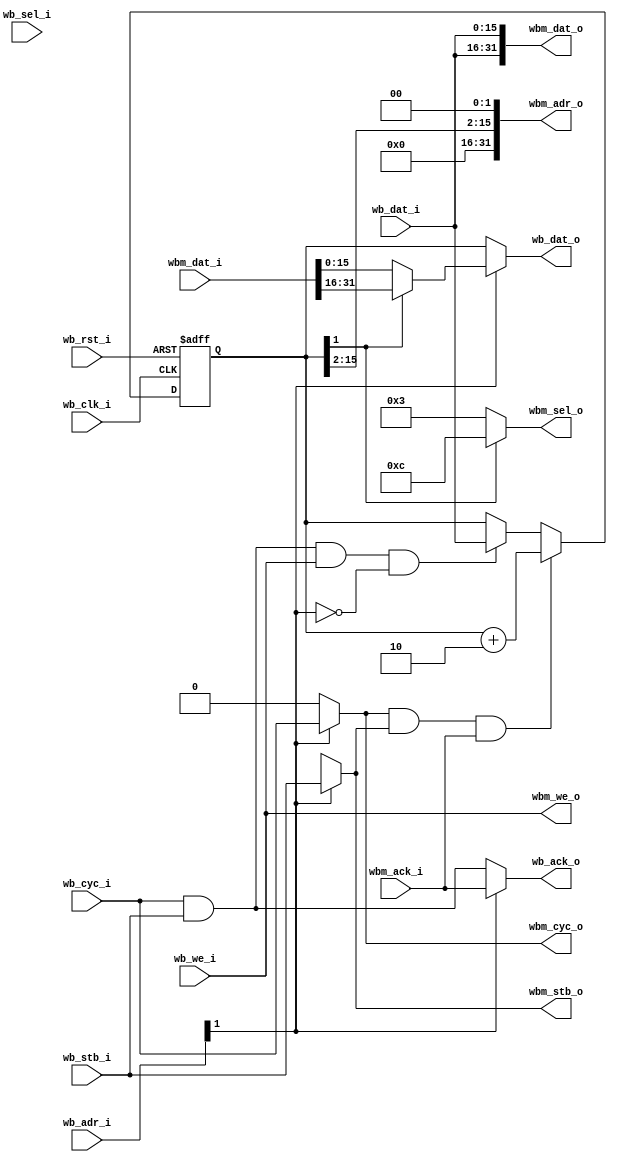
/* Copyright 2009-2010, Unpublished Work of Technologic Systems
 * All Rights Reserved.
 *
 * THIS WORK IS AN UNPUBLISHED WORK AND CONTAINS CONFIDENTIAL,
 * PROPRIETARY AND TRADE SECRET INFORMATION OF TECHNOLOGIC SYSTEMS.
 * ACCESS TO THIS WORK IS RESTRICTED TO (I) TECHNOLOGIC SYSTEMS 
 * EMPLOYEES WHO HAVE A NEED TO KNOW TO PERFORM TASKS WITHIN THE SCOPE
 * OF THEIR ASSIGNMENTS AND (II) ENTITIES OTHER THAN TECHNOLOGIC
 * SYSTEMS WHO HAVE ENTERED INTO APPROPRIATE LICENSE AGREEMENTS.  NO
 * PART OF THIS WORK MAY BE USED, PRACTICED, PERFORMED, COPIED, 
 * DISTRIBUTED, REVISED, MODIFIED, TRANSLATED, ABRIDGED, CONDENSED, 
 * EXPANDED, COLLECTED, COMPILED, LINKED, RECAST, TRANSFORMED, ADAPTED
 * IN ANY FORM OR BY ANY MEANS, MANUAL, MECHANICAL, CHEMICAL, 
 * ELECTRICAL, ELECTRONIC, OPTICAL, BIOLOGICAL, OR OTHERWISE WITHOUT
 * THE PRIOR WRITTEN PERMISSION AND CONSENT OF TECHNOLOGIC SYSTEMS.
 * ANY USE OR EXPLOITATION OF THIS WORK WITHOUT THE PRIOR WRITTEN
 * CONSENT OF TECHNOLOGIC SYSTEMS COULD SUBJECT THE PERPETRATOR TO
 * CRIMINAL AND CIVIL LIABILITY.
 */

`ifdef TEST8
`define TESTBENCH
`endif

`ifdef TEST16
`define TESTBENCH
`endif

`ifdef TEST32
`define TESTBENCH
`endif

`ifdef TESTBENCH
`timescale 1 ns / 1 ps
`endif

/* This core is a simple core to allow access to an up to 64Kbyte WISHBONE
 * address space via a 2 16-bit register window.  On the TS-7500 this core
 * appears at 0x3c and is used to address the 8kbyte blockram used by
 * the XUART core for TX/RX buffers.
 * 
 * Register map:
 * base + 0x0: Address reg (RW)
 * base + 0x2: Data reg (RW)
 *
 * * When the data reg is read or written, the address is automatically
 *   incremented by 2.  In this way, contiguous reads/writes of address
 *   space is optimized.
 */

module wb_memwindow16to32(
  wb_clk_i,
  wb_rst_i,
  wb_cyc_i,
  wb_stb_i,
  wb_we_i,
  wb_adr_i,
  wb_sel_i,
  wb_dat_i,
  wb_dat_o,
  wb_ack_o,

  wbm_cyc_o,
  wbm_stb_o,
  wbm_we_o,
  wbm_sel_o,
  wbm_adr_o,
  wbm_dat_o,
  wbm_dat_i,
  wbm_ack_i
);

input wb_clk_i, wb_rst_i, wb_cyc_i, wb_stb_i, wb_we_i;
output wb_ack_o;
output [15:0] wb_dat_o;
input [15:0] wb_dat_i, wb_adr_i;
input [1:0] wb_sel_i;

output wbm_cyc_o, wbm_stb_o, wbm_we_o;
output [31:0] wbm_dat_o, wbm_adr_o;
input [31:0] wbm_dat_i;
output [3:0] wbm_sel_o;
input wbm_ack_i;

reg [15:0] adr;
reg [15:0] wb_dat;
reg wbm_cyc, wbm_stb, wb_ack;
always @(posedge wb_clk_i or posedge wb_rst_i) begin
  if (wb_rst_i) begin
    adr <= 16'd0;
  end else begin
    if (wb_cyc_i && wb_stb_i && wb_we_i && !wb_adr_i[1]) adr <= wb_dat_i;
    if (wbm_cyc && wbm_stb && wbm_ack_i) adr <= adr + 2'd2;
  end
end

assign wbm_cyc_o = wbm_cyc;
assign wbm_stb_o = wbm_stb;
assign wb_ack_o = wb_ack;
assign wbm_dat_o[31:0] = {wb_dat_i[15:0], wb_dat_i[15:0]};
assign wb_dat_o = wb_dat;
assign wbm_adr_o = {16'd0, adr[15:2], 2'b00};
assign wbm_we_o = wb_we_i;
assign wbm_sel_o = adr[1] ? 4'b1100 : 4'b0011;
always @(*) begin
  if (wb_adr_i[1]) begin
    wbm_cyc = wb_cyc_i;
    wbm_stb = wb_stb_i;
    wb_ack = wbm_ack_i;
    wb_dat = adr[1] ? wbm_dat_i[31:16] : wbm_dat_i[15:0];
  end else begin
    wbm_cyc = 1'b0;
    wbm_stb = 1'bx;
    wb_ack = wb_cyc_i && wb_stb_i;
    wb_dat = adr;
  end
end
endmodule


/* This core is a simple core to allow access to an up to 64Kbyte WISHBONE
 * address space via a 4 16-bit register window.  
 * 
 * Register map:
 * base + 0x0: Address reg (RW)
 * base + 0x2: 8-bit data reg with auto-increment (RW)
 *
 * * When the data reg is read or written, the address is automatically
 *   incremented by 1.  In this way, contiguous reads/writes of address
 *   space is optimized.
 *
 * base + 0x4: 16-bit data reg with auto-increment (RW)
 *
 * * When the 16-bit data reg is read or written, 2 read or write 8-bit
 *   bus cycles are performed and the address is incremented by 2.
 *
 * base + 0x6: Combo address/data write reg (WO)
 *   bits 15-8: address bits 7-0 of bus write
 *   bits 7-0: data bits of bus write cycle.
 *
 * * This register is only meaningful write-only.  It encodes the 8 LSBs
 *   of the address as the 8 MSBs of the written data word.
 */

module wb_memwindow16to8(
  wb_clk_i,
  wb_rst_i,
  wb_cyc_i,
  wb_stb_i,
  wb_we_i,
  wb_adr_i,
  wb_sel_i,
  wb_dat_i,
  wb_dat_o,
  wb_ack_o,

  wbm_cyc_o,
  wbm_stb_o,
  wbm_we_o,
  wbm_adr_o,
  wbm_dat_o,
  wbm_dat_i,
  wbm_ack_i
);

input wb_clk_i, wb_rst_i, wb_cyc_i, wb_stb_i, wb_we_i;
output wb_ack_o;
output [15:0] wb_dat_o;
input [15:0] wb_dat_i, wb_adr_i;
input [1:0] wb_sel_i;

output wbm_cyc_o, wbm_stb_o, wbm_we_o;
output [7:0] wbm_dat_o;
output [15:0] wbm_adr_o;
input [7:0] wbm_dat_i;
input wbm_ack_i;

reg [15:0] adr;
reg [15:0] wb_dat;
reg holdack, holdstb;
reg [7:0] datlatch;
reg wbm_cyc, wbm_stb, wb_ack;
always @(posedge wb_clk_i or posedge wb_rst_i) begin
  if (wb_rst_i) begin
    adr <= 16'd0;
    holdack <= 1'b1;
    datlatch <= 8'd0;
    holdstb <= 1'b0;
  end else begin
    case (wb_adr_i[2:1])
    2'd0: if (wb_cyc_i && wb_stb_i && wb_we_i) adr <= wb_dat_i;
    2'd1: if (wbm_cyc && wbm_stb && wbm_ack_i) adr <= adr + 1'b1;
    2'd2: if (wbm_cyc && wbm_stb && wbm_ack_i) begin
      adr <= adr + 1'b1;
      if (holdack) begin
        holdack <= 1'b0;
        datlatch <= wbm_dat_i[7:0];
      end else holdack <= 1'b1; 
    end
    2'd3: if (wbm_cyc && wbm_stb && wbm_ack_i) adr[7:0] <= wb_dat_i[15:8] + 1'b1;
    endcase
    holdstb <= 1'b0;
    if (wbm_cyc && wbm_stb && wbm_ack_i) holdstb <= 1'b1;
  end
end

assign wbm_cyc_o = wbm_cyc;
assign wbm_stb_o = wbm_stb;
assign wb_ack_o = wb_ack;
reg [7:0] wbm_dat;
assign wbm_dat_o = wbm_dat;
assign wb_dat_o = wb_dat;
reg [15:0] wbm_adr;
assign wbm_adr_o = wbm_adr;
assign wbm_we_o = wb_we_i;
always @(*) begin
  case (wb_adr_i[2:1]) 
  2'd0: begin
    wbm_cyc = 1'b0;
    wbm_stb = 1'bx;
    wbm_dat = 8'hxx;
    wbm_adr = 16'hxxxx;
    wb_ack = wb_cyc_i && wb_stb_i;
    wb_dat = adr;
  end
  2'd1: begin
    wbm_adr = adr;
    wbm_cyc = wb_cyc_i;
    wbm_stb = wb_stb_i && !holdstb;
    wbm_dat = wb_dat_i[7:0];
    wb_ack = wbm_ack_i && !holdstb;
    wb_dat = {8'hxx, wbm_dat_i[7:0]};
  end
  2'd2: begin
    wbm_adr = adr;
    wbm_cyc = wb_cyc_i;
    wbm_stb = wb_stb_i && !holdstb;
    wbm_dat = holdack ? wb_dat_i[7:0] : wb_dat_i[15:8];
    wb_ack = wbm_ack_i && !holdack && !holdstb;
    wb_dat = {wbm_dat_i[7:0], datlatch};
  end
  2'd3: begin
    wbm_adr = {adr[15:8], wb_dat_i[15:8]};
    wbm_cyc = wb_cyc_i;
    wbm_stb = wb_stb_i && !holdstb;
    wbm_dat = wb_dat_i[7:0];
    wb_ack = wbm_ack_i && !holdstb;
    wb_dat = 16'hxxxx;
  end
  endcase
end


endmodule


/* This core is a simple core to allow access to an up to 128Mbyte WISHBONE
 * address space via a 4 16-bit register window.  It allows arbitrary mixing/
 * matching of WISHBONE slaves bus width (8/16/32) and has some optimization 
 * features to minimize superfluous cycles typical to accessing via a window. 
 *
 * This core's first use was on the TS-4500 to access the much larger address
 * space of ISA for the TS-8100 base board.
 * 
 * Register map:
 * base + 0x0: Upper address reg, address bits 26-11 (RW)
 * base + 0x2: WISHBONE config reg (RW)
 *   bit 15-14: bus width
 *     0 - reserved
 *     1 - 32 bit
 *     2 - 16 bit
 *     3 - 8 bit
 *   bit 13-12: Data reg #2 config (RW)
 *     0 - normal
 *     1 - two-cycle split (16bit in -> 2x 8bit cycles out)
 *     2 - two-cycle combine (2x 16bit cycles -> 32bit cycle)
 *     3 - combo adr/data write (8 LSBs: data, 8 MSBs: override 8 LSBS of adr)
 *   bit 11: Data reg #2 auto-increment enable
 *   bit 10-0: lower address reg, address bits 10-0 
 *
 * * Two-cycle combine reads/writes should first read/write the lower (LSB) 
 *   address to properly be combined.  The address is always auto-incremented. 
 *
 * * After a combo adr/data write cycle, the address reg points to the address
 *   that was previously written with optional auto-increment by 1.
 *
 * base + 0x4: Data reg #1 - never auto-increments (RW)
 * base + 0x6: Data reg #2 - side-effects as configured in WB config reg (RW)
 *
 */

module wb_memwindow(
  wb_clk_i,
  wb_rst_i,
  wb_cyc_i,
  wb_stb_i,
  wb_we_i,
  wb_adr_i,
  wb_sel_i,
  wb_dat_i,
  wb_dat_o,
  wb_ack_o,

  wbm_cyc_o,
  wbm_stb_o,
  wbm_we_o,
  wbm_adr_o,
  wbm_dat_o,
  wbm_dat_i,
  wbm_ack_i,
  wbm_sel_o,
  wbm_buswidth_i 
);

input wb_clk_i, wb_rst_i, wb_cyc_i, wb_stb_i, wb_we_i;
output wb_ack_o;
output [15:0] wb_dat_o;
input [15:0] wb_dat_i, wb_adr_i;
input [1:0] wb_sel_i;

output wbm_cyc_o, wbm_stb_o, wbm_we_o;
output [31:0] wbm_dat_o;
output [31:0] wbm_adr_o;
input [31:0] wbm_dat_i;
input wbm_ack_i;
output [3:0] wbm_sel_o;

/* If 0, means nothing otherwise overrides width with same val as config reg */
/* External slaves should combinationally compute this based on wbm_adr_o */
input [1:0] wbm_buswidth_i; 

parameter address_width = 18;

wire [31:0] address_mask = (1 << address_width) - 1;

reg [26:0] adr;
reg [4:0] wconfig;
wire [1:0] buswidth;
assign buswidth = (wbm_buswidth_i == 2'b00) ? wconfig[4:3] : wbm_buswidth_i;

wire [1:0] mode = wconfig[2:1];

reg wbm_cyc, wbm_stb, wb_ack;
//reg holdack, holdstb;
reg [15:0] datlatch_r, datlatch_w;
reg combine, ack;
reg [1:0] ss; // split-cycle state
always @(posedge wb_clk_i or posedge wb_rst_i) begin
  if (wb_rst_i) begin
    adr <= 27'd0;
    //holdack <= 1'b0;
    datlatch_r <= 16'd0;
    datlatch_w <= 16'd0;
    //holdstb <= 1'b0;
    wconfig <= 5'd0;
    combine <= 1'b0;
    ss <= 2'd0;
    ack <= 1'b0;
  end else begin
    //holdstb <= 1'b0;
    ack <= 1'b0;
    case (wb_adr_i[2:1])
    2'b00: if (wb_cyc_i && wb_stb_i && !ack) begin 
      if (wb_we_i) adr[26:11] <= wb_dat_i & address_mask[26:11];
      ack <= 1'b1;
    end
    2'b01: if (wb_cyc_i && wb_stb_i && !ack) begin
      if (wb_we_i) {wconfig, adr[10:0]} <= wb_dat_i;
      ack <= 1'b1;
    end
    2'b11: begin // data reg #2
      if (mode == 2'b00) begin // normal mode
        if (wconfig[0] && wbm_cyc && wbm_stb && wbm_ack_i) begin
          if (buswidth == 2'b01) adr <= adr + 2'b10;
          else if (buswidth == 2'b10) adr <= adr + 2'b10;
          else adr <= adr + 1'b1;
        end
      end else if (mode == 2'b01) begin // 2 cycle split
        case (ss)
          2'd0: if (wbm_cyc && wbm_stb && wbm_ack_i) begin
            ss <= 2'd1;
            datlatch_r[7:0] <= wbm_dat_i;
          end
          2'd1: begin
            ss <= 2'd2; // hold strobe
            if (wconfig[0]) adr <= adr + 1'b1;
          end
          2'd2: if (wbm_cyc && wbm_stb && wbm_ack_i) begin
            ss <= 2'd0;
            if (wconfig[0]) adr <= adr + 1'b1;
          end
        endcase
      end else if ((mode == 2'b10) && wb_cyc_i && wb_stb_i && wb_ack_o) begin
        // 2 cycle combine:
        adr <= adr + 2'b10;
        combine <= !combine;
        if (combine ^ wb_we_i) begin
          datlatch_w <= wb_dat_i;
          datlatch_r <= wbm_dat_i[31:16];
        end
      end else if ((mode == 2'b11) && wbm_cyc && wbm_stb && wbm_ack_i) begin
        // combo adress - data:
        if (wconfig[0]) adr <= {adr[26:8], wb_dat_i[15:8]} + 1'b1;
        else adr <= {adr[26:8], wb_dat_i[15:8]};
      end
    end
    endcase
    if ({wb_adr_i[2:1], mode} != 4'b1101) ss <= 3'd0;
  end
end

assign wbm_we_o = wb_we_i;
assign wbm_cyc_o = wbm_cyc;
assign wbm_stb_o = wbm_stb;
assign wb_ack_o = wb_ack;
reg [31:0] wbm_dat;
assign wbm_dat_o = wbm_dat;
reg [15:0] wb_dat;
assign wb_dat_o = wb_dat;
reg [31:0] wbm_adr;
assign wbm_adr_o = wbm_adr;
reg [3:0] wbm_sel;
assign wbm_sel_o = wbm_sel;

always @(*) begin
  if (wb_adr_i[2:1] == 2'b00) begin // address reg
    wbm_cyc = 1'b0;
    wbm_stb = 1'b0;
    wbm_dat = 32'hxxxxxxxx;
    wbm_adr = 32'hxxxxxxxx;
    wbm_sel = 4'hx;
    wb_ack = ack;
    wb_dat = adr[26:11] & address_mask[26:11];
  end else if (wb_adr_i[2:1] == 2'b01) begin // config reg
    wbm_cyc = 1'b0;
    wbm_stb = 1'b0;
    wbm_dat = 32'hxxxxxxxx;
    wbm_adr = 32'hxxxxxxxx;
    wbm_sel = 4'hx;
    wb_ack = ack;
    wb_dat = {wconfig, adr[10:0]};
  end else if (mode == 2'b01 && wb_adr_i[2:1] == 2'b11) begin // 2 cycle split
    wbm_cyc = wb_cyc_i;
    wbm_stb = wb_stb_i && (ss != 3'd1);
    wbm_dat[31:8] = 24'hxxxxxx;
    wbm_dat[7:0] = (ss == 3'd2) ? wb_dat_i[15:8] : wb_dat_i[7:0];
    wbm_adr = {5'd0, adr} & address_mask;
    wbm_sel = 4'h1;
    wb_ack = wbm_ack_i && (ss == 3'd2);
    wb_dat = {wbm_dat_i[7:0], datlatch_r[7:0]};
  end else if (mode == 2'b10 && wb_adr_i[2:1] == 2'b11) begin
    // 2 cycle combine.  wbm cycle is immediate on a read, not on a write.
    if (combine ^ wb_we_i) begin
      wbm_cyc = wb_cyc_i;
      wbm_stb = wb_stb_i;
      wb_ack = wbm_ack_i;
    end else begin
      wbm_cyc = 1'b0;
      wbm_stb = 1'b0;
      wb_ack = wb_cyc_i && wb_stb_i;
    end
    wbm_dat = {wb_dat_i, datlatch_w};
    wbm_adr = {5'd0, adr[26:2], 2'b00} & address_mask;
    wbm_sel = 4'hf;
    wb_dat = combine ? datlatch_r : wbm_dat_i[15:0];
  end else if (mode == 2'b11 && wb_adr_i[2:1] == 2'b11) begin
    // combo adress - data:
    wbm_cyc = wb_cyc_i;
    wbm_stb = wb_stb_i;
    wbm_dat = {24'hxxxxxx, wb_dat_i[7:0]};
    wbm_adr = {5'd0, adr[26:8], wb_dat_i[15:8]} & address_mask;
    wbm_sel = 4'h1;
    wb_ack = wbm_ack_i;
    wb_dat = 16'hxxxx; // this mode is write-only
  end else if (buswidth == 2'b01) begin // 32 bit normal mode
    wbm_cyc = wb_cyc_i;
    wbm_stb = wb_stb_i;
    wbm_dat = {wb_dat_i, wb_dat_i};
    wbm_adr = {5'd0, adr[26:2], 2'b00} & address_mask;
    wbm_sel = adr[1] ? {wb_sel_i, 2'b00} : {2'b00, wb_sel_i};
    wb_ack = wbm_ack_i;
    wb_dat = adr[1] ? wbm_dat_i[31:16] : wbm_dat_i[15:0];
  end else if (buswidth == 2'b11) begin // 8 bit normal mode
    wbm_cyc = wb_cyc_i;
    wbm_stb = wb_stb_i;
    wbm_dat = {24'hxxxxxx, wb_dat_i[7:0]};
    wbm_adr = {5'd0, adr} & address_mask;
    wbm_sel = 4'h1;
    wb_ack = wbm_ack_i;
    wb_dat = {8'hxx, wbm_dat_i[7:0]};
  end else begin // 16 bit normal mode
    wbm_cyc = wb_cyc_i;
    wbm_stb = wb_stb_i;
    wbm_dat = {16'hxxxx, wb_dat_i[15:0]};
    wbm_adr = {5'd0, adr} & address_mask;
    wbm_sel = {2'd0, wb_sel_i};
    wb_ack = wbm_ack_i;
    wb_dat = wbm_dat_i[15:0];
  end
end

endmodule

`ifdef TESTBENCH
module test();


reg clk, rst, cyc, stb, we;
wire ack;
reg [1:0] sel;
reg [15:0] idat, adr;
wire [15:0] odat;
wire mcyc, mstb, mwe; 
wire [31:0] madr, modat;
wire [3:0] msel;
reg mack;

wb_memwindow uut(
  .wb_clk_i(clk),
  .wb_rst_i(rst),

  .wb_cyc_i(cyc),
  .wb_stb_i(stb),
  .wb_we_i(we),
  .wb_adr_i(adr),
  .wb_dat_i(idat),
  .wb_sel_i(sel),
  .wb_dat_o(odat),
  .wb_ack_o(ack),

  .wbm_cyc_o(mcyc),
  .wbm_stb_o(mstb),
  .wbm_we_o(mwe),
  .wbm_adr_o(madr),
  .wbm_dat_o(modat),
  .wbm_dat_i(madr), /* Loop address as return data */
  .wbm_ack_i(mack), /* Auto-ack WB cycle */
  .wbm_sel_o(msel),
  .wbm_buswidth_i(2'b00)
);

task wb_read8;
  input [15:0] address_i;
  integer i;
  reg [7:0] clocks;
  reg [7:0] data;
begin
  clocks = 8'd0;
  cyc = 1'b1;
  stb = 1'b1;
  we = 1'b0;
  adr = address_i;
  sel = 2'b01;
  idat = 16'hxxxx;
  @(posedge clk);
  while (!ack) begin
    @(posedge clk);
    clocks = clocks + 1'b1;
  end
  data = odat[7:0];
  cyc = 1'b0; stb = 1'b0;
  $display("wb_read8 @ adr %x, took %d clocks, got dat %x", 
    address_i, clocks, data);
end
endtask


task wb_read16;
  input [15:0] address_i;
  integer i;
  reg [7:0] clocks;
  reg [15:0] data;
begin
  clocks = 8'd0;
  cyc = 1'b1;
  stb = 1'b1;
  we = 1'b0;
  adr = address_i;
  sel = 2'b11;
  idat = 16'hxxxx;
  @(posedge clk);
  while (!ack) begin
    @(posedge clk);
    clocks = clocks + 1'b1;
  end
  data = odat[15:0];
  cyc = 1'b0; stb = 1'b0;
  $display("wb_read16 @ adr %x, took %d clocks, got dat %x", 
    address_i, clocks, data);
end
endtask


task wb_write16;
  input [15:0] address_i;
  input [15:0] data_i;
  integer i;
  reg [7:0] clocks;
begin
  clocks = 8'd0;
  cyc = 1'b1;
  stb = 1'b1;
  we = 1'b1;
  adr = address_i;
  sel = 2'b11;
  idat = data_i;
  @(posedge clk);
  while (!ack) begin
    @(posedge clk);
    clocks = clocks + 1'b1;
  end
  cyc = 1'b0; stb = 1'b0;
  $display("wb_write16 @ adr %x, took %d clocks, sent dat %x", 
    address_i, clocks, data_i);
end
endtask

task wb_write8;
  input [15:0] address_i;
  input [7:0] data_i;
  integer i;
  reg [7:0] clocks;
begin
  clocks = 8'd0;
  cyc = 1'b1;
  stb = 1'b1;
  we = 1'b1;
  adr = address_i;
  sel = 2'b01;
  idat = {8'd0, data_i};
  @(posedge clk);
  while (!ack) begin
    @(posedge clk);
    clocks = clocks + 1'b1;
  end
  cyc = 1'b0; stb = 1'b0;
  $display("wb_write8 @ adr %x, took %d clocks, sent dat %x", 
    address_i, clocks, data_i);
end
endtask

always #5 clk = !clk;

always @(posedge clk) begin
  mack <= 1'b0;
  if (mcyc && mstb && !mack) begin
    mack <= 1'b1;
    if (mwe) $display("  -- WBM write for adr %x, dat %x, sel %x", 
      madr, modat, msel);
    else $display("  -- WBM read for adr %x, sel %x", madr, msel);
  end
end

initial begin
  $dumpfile("dump.vcd");
  $dumpvars(2, test);

  rst = 1; clk = 0;
  cyc = 0; stb = 0; we = 0; adr = 0; sel = 0; idat = 0;
  #100;
  rst = 0;
  #10;
  @(posedge clk);

`ifdef TEST8

  wb_write16(16'd0, 16'haaaa); /* Write upper address */
  wb_write16(16'd2, 16'hc000); /* Set cfg to 8-bit mode, all 0's lower adr */
  wb_write16(16'd4, 16'habcd); /* Write 8-bit 0xcd to adr */
  wb_write16(16'd2, 16'hc800); /* Set cfg to enable auto-incr */
  wb_write16(16'd6, 16'h17); /* Write 8-bit and incr address ... */
  wb_write16(16'd6, 16'h22); /* Write 8-bit and incr address ... */

  wb_write16(16'd2, 16'h3000); /* Set cfg to address-data write */
  wb_write16(16'd6, 16'h77a5); /* Write 0xa5 to address 0x77 */
  wb_write16(16'd6, 16'h885a); /* Write 0x5a to address 0x88 */

  wb_write16(16'd2, 16'h1040); /* Set cfg to 2 cycle split */
  wb_write16(16'd6, 16'h6789); /* Write 16-bit 0x6789 */
  wb_write16(16'd6, 16'habcd); /* Write 16-bit 0xabcd */
  wb_read16(16'd6);
  wb_write16(16'd2, 16'h1800); /* Set cfg to 2 cycle split with auto-inc */
  wb_write16(16'd6, 16'h6789); /* Write 16-bit 0x6789 */
  wb_write16(16'd6, 16'habcd); /* Write 16-bit 0xabcd */
  wb_read16(16'd6);
  wb_read16(16'd6);

`endif

`ifdef TEST16

  wb_write16(16'd0, 16'haaaa); /* Write upper address */
  wb_write16(16'd2, 16'h8800); /* Set cfg to 16-bit */
  wb_write16(16'd4, 16'h6789); /* Write 16-bit 0x6789 */
  wb_read16(16'd4);
  wb_write16(16'd2, 16'h8802); /* Set cfg to 16-bit */
  wb_write16(16'd4, 16'h6789); /* Write 16-bit 0x6789 */
  wb_read16(16'd4);
  wb_write16(16'd6, 16'h1111);
  wb_write16(16'd6, 16'h1112);
  wb_write16(16'd6, 16'h1113);
  wb_read16(16'd6);
  wb_read16(16'd6);
  wb_read16(16'd6);

`endif

`ifdef TEST32

  wb_write16(16'd0, 16'haaaa); /* Write upper address */
  wb_write16(16'd2, 16'h4000); /* Set cfg to 32-bit */
  wb_write16(16'd4, 16'h6789); 
  wb_write16(16'd4, 16'habcd); 
  wb_write16(16'd2, 16'h4800); /* Set cfg to 32-bit with increment */
  wb_write16(16'd6, 16'h6789); 
  wb_write16(16'd6, 16'habcd); 
  wb_read16(16'd6);
  wb_read16(16'd6);
  wb_read16(16'd6);
  wb_read16(16'd6);
  wb_write16(16'd2, 16'h6000); /* Set cfg to 32-bit 2 cycle combines */
  wb_write16(16'd6, 16'h1111);
  wb_write16(16'd6, 16'h1112);
  wb_write16(16'd6, 16'h1113);
  wb_write16(16'd6, 16'h1114);
  wb_read16(16'd6);
  wb_read16(16'd6);
  wb_read16(16'd6);
  wb_read16(16'd6);
  wb_read16(16'd6);
  wb_read16(16'd6);
  wb_write16(16'd6, 16'h1113);
  wb_write16(16'd6, 16'h1114);
  wb_write16(16'd6, 16'h1113);
  wb_write16(16'd6, 16'h1114);

`endif

  #1000;
  $finish;
end

endmodule


`endif